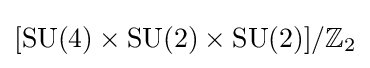
[\mathrm {SU} (4)\times \mathrm {SU} (2)\times \mathrm {SU} (2)]/\mathbb {Z} _{2}